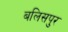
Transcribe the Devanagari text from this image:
बलिसपुर